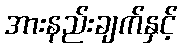
အားနည်းချက်နှင့်